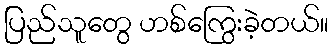
ပြည်သူတွေ ဟစ်ကြွေးခဲ့တယ်။